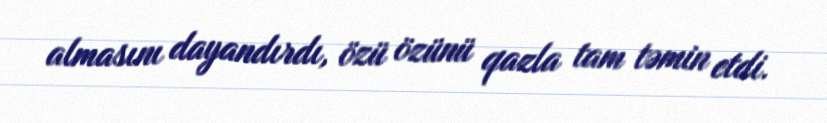
almasını dayandırdı, özü özünü qazla tam təmin etdi.